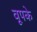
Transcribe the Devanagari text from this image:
वूपके